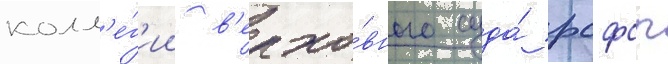
колл'е́г'ии в'ерхо́вного суда́ рсфср